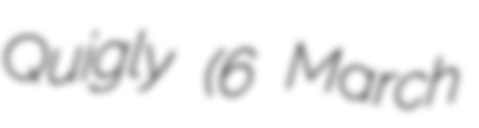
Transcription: Quigly (6 March